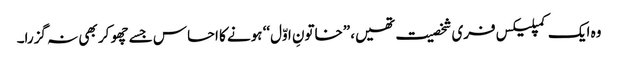
وہ ایک کمپلیکس فری شخصیت تھیں، ”خاتونِ اوّل‘‘ ہونے کا احساس جسے چھو کر بھی نہ گزرا۔